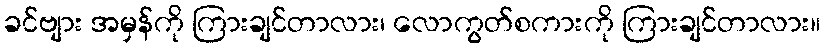
ခင်ဗျား အမှန်ကို ကြားချင်တာလား၊ လောကွတ်စကားကို ကြားချင်တာလား။